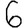
Digit: 6